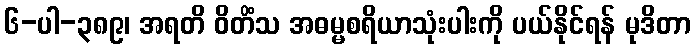
၆-ပါ-၃၈၉၊ အရတိ ဝိတိံသ အဓမ္မစရိယာသုံးပါးကို ပယ်နိုင်ရန် မုဒိတာ